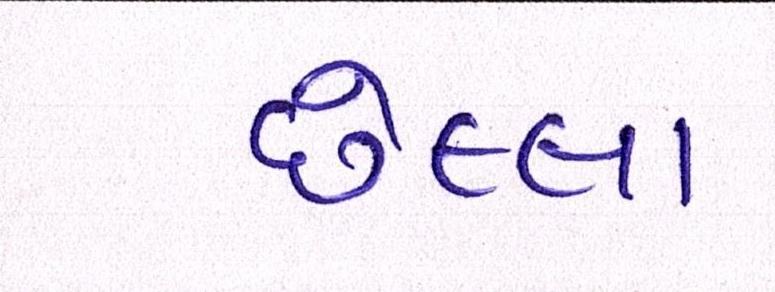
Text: છેલ્લા